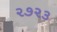
૨૭૨૩